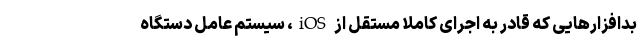
بدافزارهایی که قادر به اجرای کاملا مستقل از iOS، سیستم عامل دستگاه